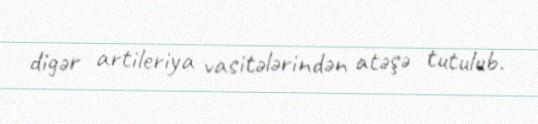
digər artileriya vasitələrindən atəşə tutulub.